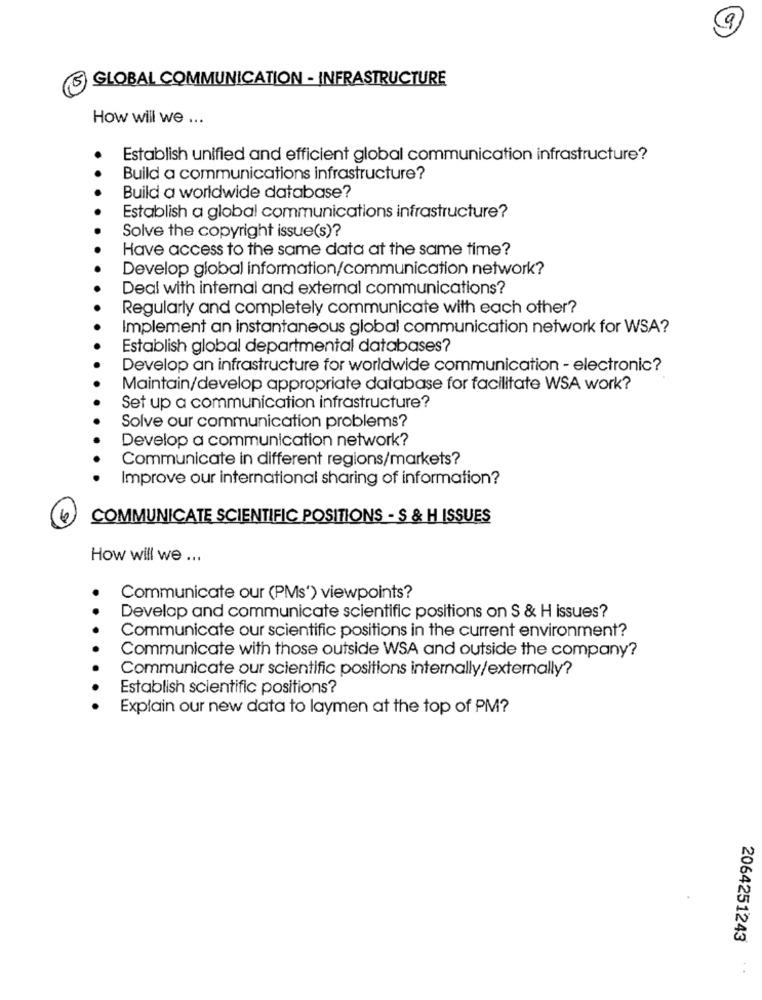
9
5)
GLOBAL COMMUNICATION - INFRASTRUCTURE
How will we ...
Establish unified and efficient global communication infrastructure?
Build a communications infrastructure?
Build a worldwide database?
Establish a global communications infrastructure?
Solve the copyright issue(s)?
Have access to the same data at the same time?
Develop global information/communication network?
Deal with internal and external communications?
Regularly and completely communicate with each other?
Implement an instantaneous global communication network for WSA?
Establish global departmental databases?
Develop an infrastructure for worldwide communication - electronic?
Maintain/develop appropriate database for facilitate WSA work?
Set up a communication infrastructure?
Solve our communication problems?
Develop a communication network?
Communicate in different regions/markets?
Improve our international sharing of information?
COMMUNICATE SCIENTIFIC POSITIONS - S & H ISSUES
How will we ...
Communicate our (PMs') viewpoints?
Develop and communicate scientific positions on S & H issues?
Communicate our scientific positions in the current environment?
Communicate with those outside WSA and outside the company?
Communicate our scientific positions internally/externally?
Establish scientific positions?
Explain our new data to laymen at the top of PM?
2064251243